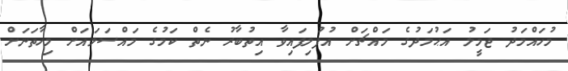
މުހައްމަދު ޖަމީލު އަޙުމަދުގެ މައްޗަށް އުފުލިފައިވާ އިތުބާރު ނެތް ކަމުގެ މައްސަލައަށް މިހާތަނަށް